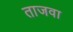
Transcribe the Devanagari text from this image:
ताजवा